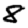
Digit: 8